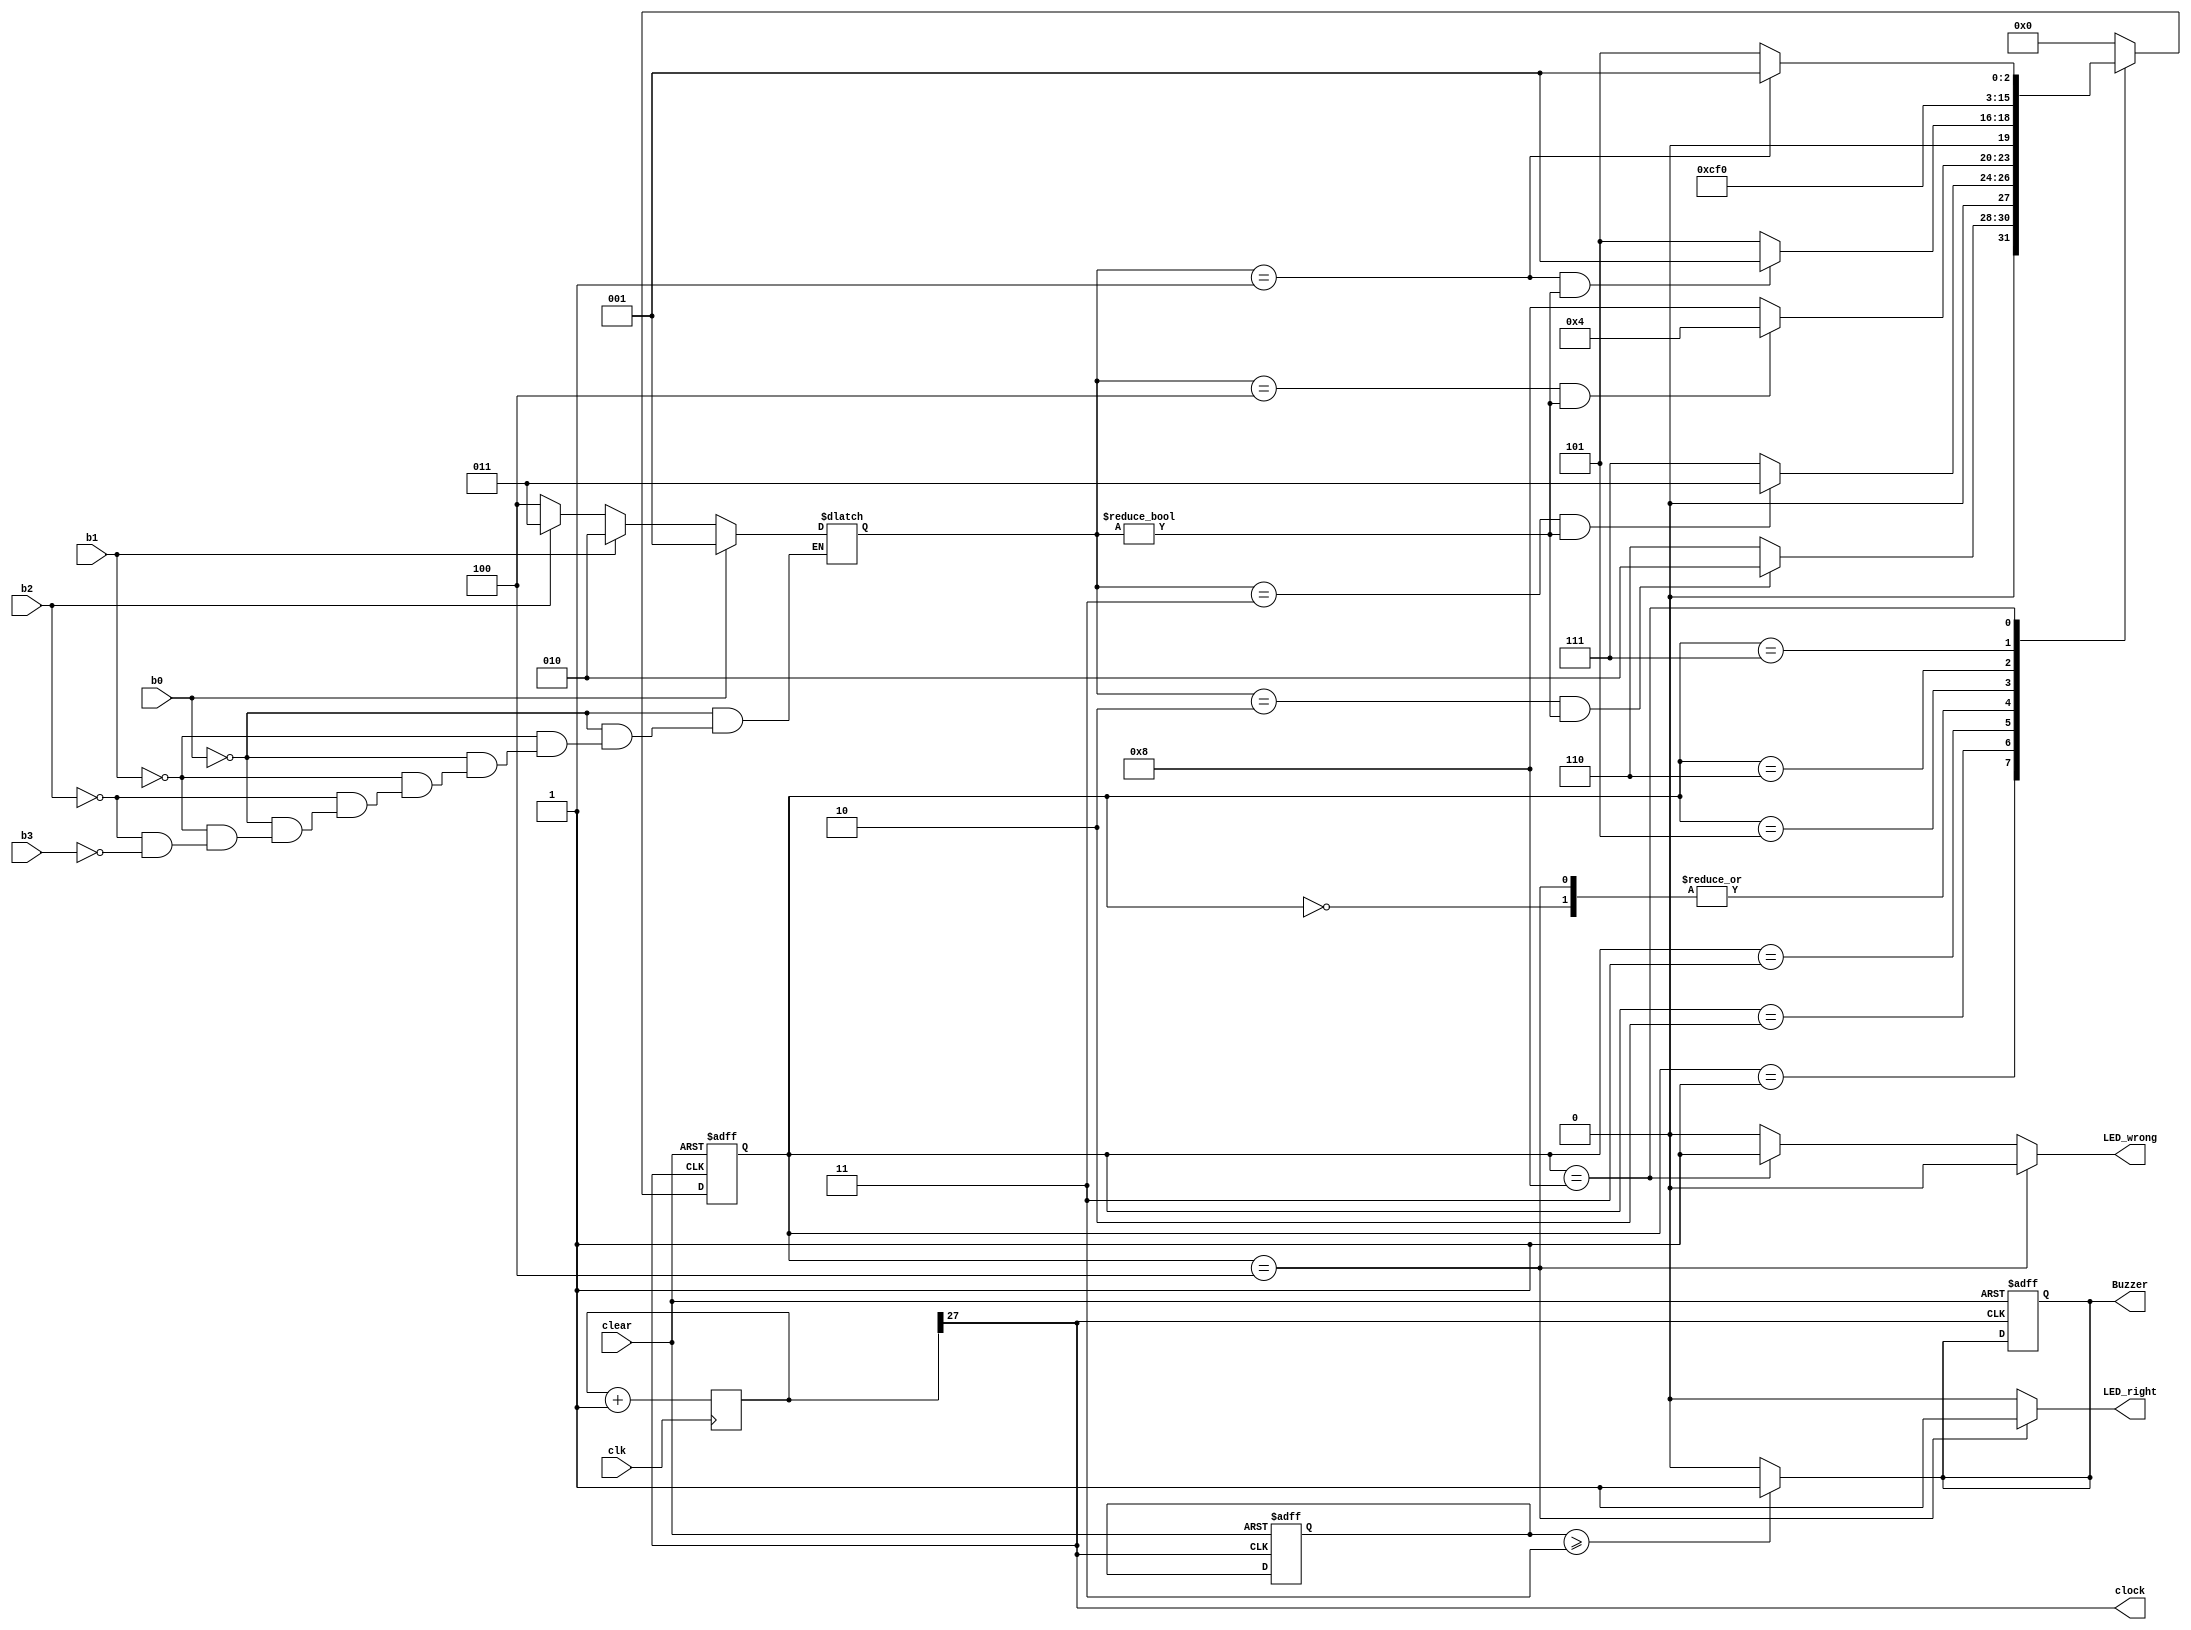
`timescale 1ns / 1ps

module FSM_Door(
		input clk,
		input clear,
		input b0,
		input b1,
		input b2,
		input b3,
        output clock,
		output reg LED_right,
		output reg LED_wrong,
		output reg Buzzer
    );
    
    wire [11:0] sw;
    reg [3:1] bn=0;
    
    always @(b0 or b1 or b2 or b3)
        begin
        if(b0 == 1)
            begin
                bn = 3'b001;
            end
        else if(b1 == 1)
            begin
                bn = 3'b010;
            end
        else if(b2 == 1)
            begin
                bn = 3'b011;
            end
        else if(b3 == 1)
            begin
                bn = 3'b100;
            end
//        else begin
//        next_state <= s0;
         
//        end
        end
        
                
    
    assign sw = 12'b001010011100;

    reg [1:0] counter=0;
    reg [3:0] present_state, next_state;
    reg [27:0] count=0;
    parameter s0 = 4'b0000, s1 = 4'b0001, s2 = 4'b0010, s3 = 4'b0011, s4 = 4'b0100, e1 = 4'b0101, e2 = 4'b0110, e3 = 4'b0111, e4 = 4'b1000;
    
    always@(posedge clk)
        count = count + 1;
// CLK_DIV
    assign clock = count[27];
    
    always @(posedge clock or posedge clear)

    begin
    	if (clear == 1)

    	begin
    		present_state <= s0;
    		Buzzer <= 0;
    		counter <= 0;
    	end

    	else

    	begin
    		present_state <= next_state;
    	end

    end
        
    always @ (present_state)

    begin

    	case (present_state)
    		s0 : if ( bn == sw[11:9] && bn!=0 )
    				next_state <= s1;
    			 else
    			 	next_state <= e1;
    		s1 : if ( bn == sw[8:6] && bn!=0)
    				next_state <= s2;
    			 else
    			 	next_state <= e2;
    		s2 : if ( bn == sw[5:3] && bn!=0)
    				next_state <= s3;
    			 else
    			 	next_state <= e3;
    		s3 : if ( bn == sw[2:0] && bn!=0)
    				next_state <= s4;
    			 else
    			 	next_state <= e4;
    		s4 : if ( bn == sw[11:9] && bn!=0 )
    				next_state <= s1;
    			 else
    			 	next_state <= e1;

    		e1 : next_state <= e2;
    		e2 : next_state <= e3;
    		e3 : next_state <= e4;
    		e4 : if ( bn == sw[11:9] )
    				next_state <= s1;
    			 else
    			 	next_state <= e1;
    		
    		default : next_state <= s0;
    	endcase
    end
    
    always @ (present_state)

    begin
    	if (present_state == s4)
    	begin
    		  LED_right <= 1;
    		  LED_wrong <= 0;  
    	end

    	else if (present_state == e4)
    	begin
    		  LED_right <= 0;
    		  LED_wrong <= 1; 
//    		  counter <= counter + 1; 
    	end

        else
        begin
    		  LED_right <= 0;
    		  LED_wrong <= 0;        
    	end

    end


//    always @ (LED_wrong)
//    begin
//    if(LED_wrong==1)begin
//    counter <= counter + 1;
//    end
//    end
    
//    always @ (counter)
//    begin
//        if(counter ==3)
//            begin
//                Buzzer <= 1;
//            end
//    end
    always @ (counter)

    begin
    	if (counter >= 2'b11)
    	begin
    		  Buzzer <= 1;
//    		  counter <= 0;
//    		  LED_wrong <= 0;  
    	end
        else
        begin
    		  Buzzer <= 0;        
    	end

    end

	
endmodule